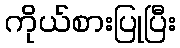
ကိုယ်စားပြုပြီး